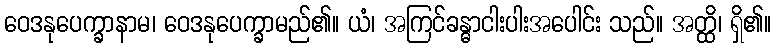
ဝေဒနုပေက္ခာနာမ၊ ဝေဒနုပေက္ခာမည်၏။ ယံ၊ အကြင်ခန္ဓာငါးပါးအပေါင်း သည်။ အတ္ထိ၊ ရှိ၏။